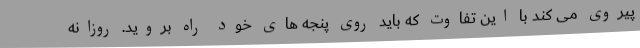
پیروی می کند با این تفاوت که باید روی پنجه های خود راه بروید. روزانه